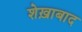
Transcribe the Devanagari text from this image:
शेख़ाबाद